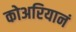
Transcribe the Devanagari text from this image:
कोअरियानं